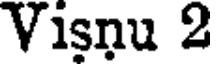
Visnu 2